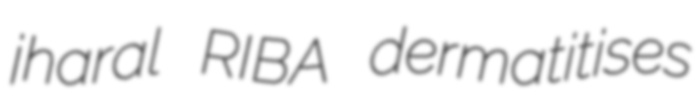
jharal RIBA dermatitises